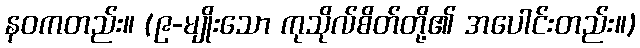
နဝကတည်း။ (၉-မျိုးသော ကုသိုလ်စိတ်တို့၏ အပေါင်းတည်း။)